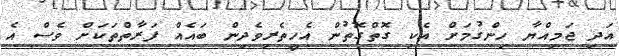
އަދި ޖަމިއްޔާ ހިންގުމަށް އެކި ގޮތްގޮތުން އެހީތެރިވެދިން ބައެއް ފަރާތްތަކަށް ވެސް އެ